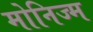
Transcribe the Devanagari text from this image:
मोनिज्म